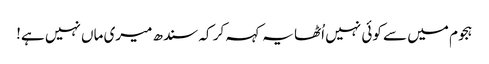
ہجوم میں سے کوئی نہیں اُٹھا یہ کہہ کر کہ سندھ میری ماں نہیں ہے!